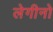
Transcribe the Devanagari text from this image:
लेगीनो